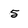
Character: 5